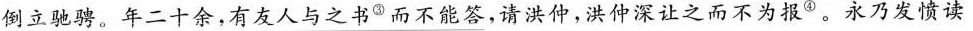
倒立驰骋。年二十余，有友人与之书^{③}而不能答，请洪仲，洪仲深让之而不为报^{④}。永乃发愤读